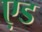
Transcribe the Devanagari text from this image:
ए़ड